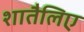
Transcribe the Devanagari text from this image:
शातैलिए